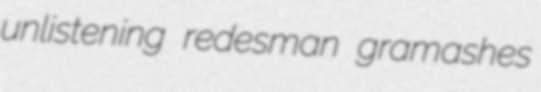
unlistening redesman gramashes